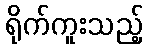
ရိုက်ကူးသည့်